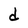
Character: d